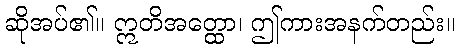
ဆိုအပ်၏။ ဣတိအတ္ထော၊ ဤကားအနက်တည်း။